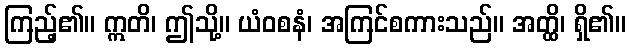
ကြည့်၏။ ဣတိ၊ ဤသို့။ ယံဝစနံ၊ အကြင်စကားသည်။ အတ္ထိ၊ ရှိ၏။